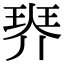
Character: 𤦠